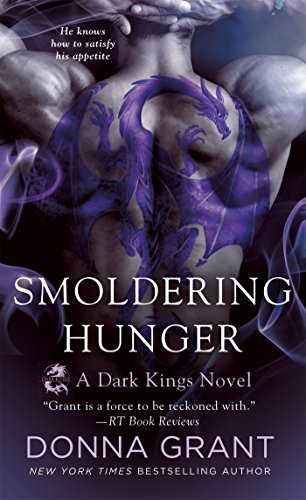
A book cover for Smoldering Hunger (Dark Kings); Donna Grant; Romance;